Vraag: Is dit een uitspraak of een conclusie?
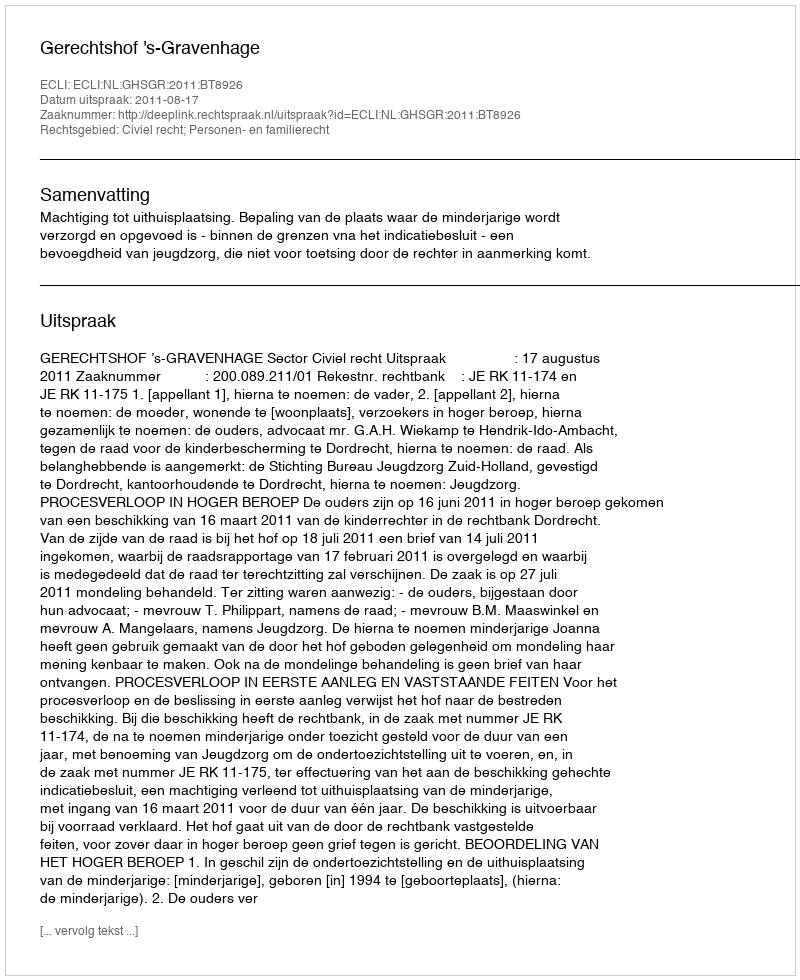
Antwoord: Uitspraak